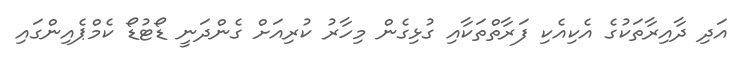
އަދި ދާއިރާތަކުގެ އެކިއެކި ފަރާތްތަކާއި ގުޅިގެން މިހާރު ކުރިއަށް ގެންދަނީ ޑޯޓުޑޯ ކެމްޕެއިންގައި